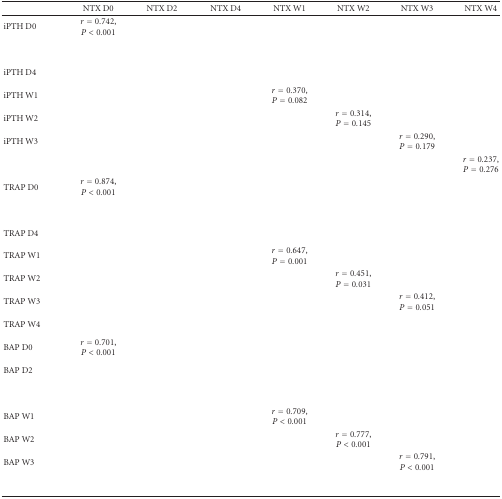
<table><thead><tr><td>[EMPTY_CELL]</td><td><b>NTX D0</b></td><td><b>NTX D2</b></td><td><b>NTX D4</b></td><td><b>NTX W1</b></td><td><b>NTX W2</b></td><td><b>NTX W3</b></td><td><b>NTX W4</b></td></tr></thead><tbody><tr><td>iPTH D0</td><td><i>r</i> = 0.742, <i>P</i> &lt; 0.001</td><td>[EMPTY_CELL]</td><td>[EMPTY_CELL]</td><td>[EMPTY_CELL]</td><td>[EMPTY_CELL]</td><td>[EMPTY_CELL]</td><td>[EMPTY_CELL]</td></tr><tr><td>[EMPTY_CELL]</td><td>[EMPTY_CELL]</td><td>[EMPTY_CELL]</td><td>[EMPTY_CELL]</td><td>[EMPTY_CELL]</td><td>[EMPTY_CELL]</td><td>[EMPTY_CELL]</td><td>[EMPTY_CELL]</td></tr><tr><td>iPTH D4</td><td>[EMPTY_CELL]</td><td>[EMPTY_CELL]</td><td>[EMPTY_CELL]</td><td>[EMPTY_CELL]</td><td>[EMPTY_CELL]</td><td>[EMPTY_CELL]</td><td>[EMPTY_CELL]</td></tr><tr><td>iPTH W1</td><td>[EMPTY_CELL]</td><td>[EMPTY_CELL]</td><td>[EMPTY_CELL]</td><td><i>r</i> = 0.370, <i>P</i> = 0.082</td><td>[EMPTY_CELL]</td><td>[EMPTY_CELL]</td><td>[EMPTY_CELL]</td></tr><tr><td>iPTH W2</td><td>[EMPTY_CELL]</td><td>[EMPTY_CELL]</td><td>[EMPTY_CELL]</td><td>[EMPTY_CELL]</td><td><i>r</i> = 0.314, <i>P</i> = 0.145</td><td>[EMPTY_CELL]</td><td>[EMPTY_CELL]</td></tr><tr><td>iPTH W3</td><td>[EMPTY_CELL]</td><td>[EMPTY_CELL]</td><td>[EMPTY_CELL]</td><td>[EMPTY_CELL]</td><td>[EMPTY_CELL]</td><td><i>r</i> = 0.290, <i>P</i> = 0.179</td><td>[EMPTY_CELL]</td></tr><tr><td>[EMPTY_CELL]</td><td>[EMPTY_CELL]</td><td>[EMPTY_CELL]</td><td>[EMPTY_CELL]</td><td>[EMPTY_CELL]</td><td>[EMPTY_CELL]</td><td>[EMPTY_CELL]</td><td><i>r</i> = 0.237, <i>P</i> = 0.276</td></tr><tr><td>TRAP D0</td><td><i>r</i> = 0.874, <i>P</i> &lt; 0.001</td><td>[EMPTY_CELL]</td><td>[EMPTY_CELL]</td><td>[EMPTY_CELL]</td><td>[EMPTY_CELL]</td><td>[EMPTY_CELL]</td><td>[EMPTY_CELL]</td></tr><tr><td>[EMPTY_CELL]</td><td>[EMPTY_CELL]</td><td>[EMPTY_CELL]</td><td>[EMPTY_CELL]</td><td>[EMPTY_CELL]</td><td>[EMPTY_CELL]</td><td>[EMPTY_CELL]</td><td>[EMPTY_CELL]</td></tr><tr><td>TRAP D4</td><td>[EMPTY_CELL]</td><td>[EMPTY_CELL]</td><td>[EMPTY_CELL]</td><td>[EMPTY_CELL]</td><td>[EMPTY_CELL]</td><td>[EMPTY_CELL]</td><td>[EMPTY_CELL]</td></tr><tr><td>TRAP W1</td><td>[EMPTY_CELL]</td><td>[EMPTY_CELL]</td><td>[EMPTY_CELL]</td><td><i>r</i> = 0.647, <i>P</i> = 0.001</td><td>[EMPTY_CELL]</td><td>[EMPTY_CELL]</td><td>[EMPTY_CELL]</td></tr><tr><td>TRAP W2</td><td>[EMPTY_CELL]</td><td>[EMPTY_CELL]</td><td>[EMPTY_CELL]</td><td>[EMPTY_CELL]</td><td><i>r</i> = 0.451, <i>P</i> = 0.031</td><td>[EMPTY_CELL]</td><td>[EMPTY_CELL]</td></tr><tr><td>TRAP W3</td><td>[EMPTY_CELL]</td><td>[EMPTY_CELL]</td><td>[EMPTY_CELL]</td><td>[EMPTY_CELL]</td><td>[EMPTY_CELL]</td><td><i>r</i> = 0.412, <i>P</i> = 0.051</td><td>[EMPTY_CELL]</td></tr><tr><td>TRAP W4</td><td>[EMPTY_CELL]</td><td>[EMPTY_CELL]</td><td>[EMPTY_CELL]</td><td>[EMPTY_CELL]</td><td>[EMPTY_CELL]</td><td>[EMPTY_CELL]</td><td>[EMPTY_CELL]</td></tr><tr><td>BAP D0</td><td><i>r</i> = 0.701, <i>P</i> &lt; 0.001</td><td>[EMPTY_CELL]</td><td>[EMPTY_CELL]</td><td>[EMPTY_CELL]</td><td>[EMPTY_CELL]</td><td>[EMPTY_CELL]</td><td>[EMPTY_CELL]</td></tr><tr><td>BAP D2</td><td>[EMPTY_CELL]</td><td>[EMPTY_CELL]</td><td>[EMPTY_CELL]</td><td>[EMPTY_CELL]</td><td>[EMPTY_CELL]</td><td>[EMPTY_CELL]</td><td>[EMPTY_CELL]</td></tr><tr><td>[EMPTY_CELL]</td><td>[EMPTY_CELL]</td><td>[EMPTY_CELL]</td><td>[EMPTY_CELL]</td><td>[EMPTY_CELL]</td><td>[EMPTY_CELL]</td><td>[EMPTY_CELL]</td><td>[EMPTY_CELL]</td></tr><tr><td>BAP W1</td><td>[EMPTY_CELL]</td><td>[EMPTY_CELL]</td><td>[EMPTY_CELL]</td><td><i>r</i> = 0.709, <i>P</i> &lt; 0.001</td><td>[EMPTY_CELL]</td><td>[EMPTY_CELL]</td><td>[EMPTY_CELL]</td></tr><tr><td>BAP W2</td><td>[EMPTY_CELL]</td><td>[EMPTY_CELL]</td><td>[EMPTY_CELL]</td><td>[EMPTY_CELL]</td><td><i>r</i> = 0.777, <i>P</i> &lt; 0.001</td><td>[EMPTY_CELL]</td><td>[EMPTY_CELL]</td></tr><tr><td>BAP W3</td><td>[EMPTY_CELL]</td><td>[EMPTY_CELL]</td><td>[EMPTY_CELL]</td><td>[EMPTY_CELL]</td><td>[EMPTY_CELL]</td><td><i>r</i> = 0.791, <i>P</i> &lt; 0.001</td><td>[EMPTY_CELL]</td></tr><tr><td>[EMPTY_CELL]</td><td>[EMPTY_CELL]</td><td>[EMPTY_CELL]</td><td>[EMPTY_CELL]</td><td>[EMPTY_CELL]</td><td>[EMPTY_CELL]</td><td>[EMPTY_CELL]</td><td>[EMPTY_CELL]</td></tr></tbody></table>